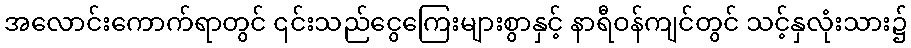
အလောင်းကောက်ရာတွင် ၎င်းသည်ငွေကြေးများစွာနှင့် နာရီဝန်ကျင်တွင် သင့်နှလုံးသား၌